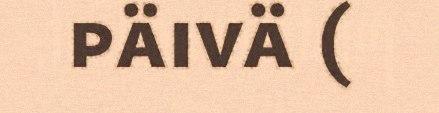
päivä (